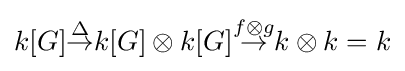
k[G]{\overset {\Delta }{\to }}k[G]\otimes k[G]{\overset {f\otimes g}{\to }}k\otimes k=k